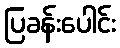
ပြခန်းပေါင်း